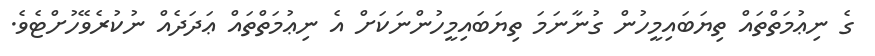
ގެ ނިޢުމަތްތައް ތިޔަބައިމީހުން ގުނާނަމަ ތިޔަބައިމީހުންނަކަށް އެ ނިޢުމަތްތައް ޢަދަދެއް ނުކުރެވޭހުށްޓެވެ.